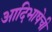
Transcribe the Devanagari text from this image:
आदिभाषेची